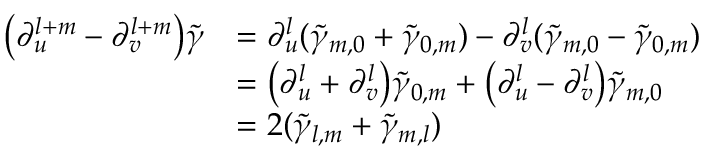
\begin{array} { r l } { \big ( \partial _ { u } ^ { l + m } - \partial _ { v } ^ { l + m } \big ) \tilde { \gamma } } & { = \partial _ { u } ^ { l } ( \tilde { \gamma } _ { m , 0 } + \tilde { \gamma } _ { 0 , m } ) - \partial _ { v } ^ { l } ( \tilde { \gamma } _ { m , 0 } - \tilde { \gamma } _ { 0 , m } ) } \\ & { = \big ( \partial _ { u } ^ { l } + \partial _ { v } ^ { l } \big ) \tilde { \gamma } _ { 0 , m } + \big ( \partial _ { u } ^ { l } - \partial _ { v } ^ { l } \big ) \tilde { \gamma } _ { m , 0 } } \\ & { = 2 ( \tilde { \gamma } _ { l , m } + \tilde { \gamma } _ { m , l } ) } \end{array}